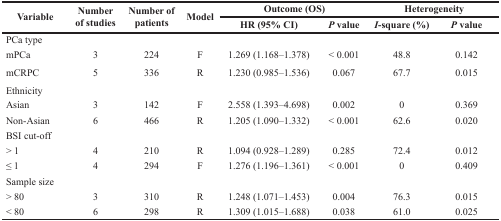
<table><thead><tr><td rowspan="2"><b>Variable</b></td><td rowspan="2"><b>Number of studies</b></td><td rowspan="2"><b>Number of patients</b></td><td rowspan="2"><b>Model</b></td><td colspan="2"><b>Outcome (OS)</b></td><td colspan="2"><b>Heterogeneity</b></td></tr><tr><td><b>HR (95% CI)</b></td><td><b><i>P</i> value</b></td><td><b><i>I</i>-square (%)</b></td><td><b><i>P</i> value</b></td></tr></thead><tbody><tr><td>PCa type</td><td></td><td></td><td></td><td></td><td></td><td></td><td></td></tr><tr><td>mPCa</td><td>3</td><td>224</td><td>F</td><td>1.269 (1.168–1.378)</td><td>&lt; 0.001</td><td>48.8</td><td>0.142</td></tr><tr><td>mCRPC</td><td>5</td><td>336</td><td>R</td><td>1.230 (0.985–1.536)</td><td>0.067</td><td>67.7</td><td>0.015</td></tr><tr><td>Ethnicity</td><td></td><td></td><td></td><td></td><td></td><td></td><td></td></tr><tr><td>Asian</td><td>3</td><td>142</td><td>F</td><td>2.558 (1.393–4.698)</td><td>0.002</td><td>0</td><td>0.369</td></tr><tr><td>Non-Asian</td><td>6</td><td>466</td><td>R</td><td>1.205 (1.090–1.332)</td><td>&lt; 0.001</td><td>62.6</td><td>0.020</td></tr><tr><td>BSI cut-off</td><td></td><td></td><td></td><td></td><td></td><td></td><td></td></tr><tr><td>&gt; 1</td><td>4</td><td>210</td><td>R</td><td>1.094 (0.928–1.289)</td><td>0.285</td><td>72.4</td><td>0.012</td></tr><tr><td>≤ 1</td><td>4</td><td>294</td><td>F</td><td>1.276 (1.196–1.361)</td><td>&lt; 0.001</td><td>0</td><td>0.409</td></tr><tr><td>Sample size</td><td></td><td></td><td></td><td></td><td></td><td></td><td></td></tr><tr><td>&gt; 80</td><td>3</td><td>310</td><td>R</td><td>1.248 (1.071–1.453)</td><td>0.004</td><td>76.3</td><td>0.015</td></tr><tr><td>&lt; 80</td><td>6</td><td>298</td><td>R</td><td>1.309 (1.015–1.688)</td><td>0.038</td><td>61.0</td><td>0.025</td></tr></tbody></table>